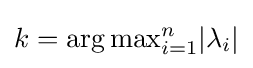
k=\mathrm {arg\,max} _{i=1}^{n}{|\lambda _{i}|}